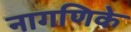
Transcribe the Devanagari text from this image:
नागणिके